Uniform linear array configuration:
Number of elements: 12
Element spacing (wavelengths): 0.5
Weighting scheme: cosine
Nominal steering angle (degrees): -45
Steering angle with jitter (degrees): -44.893
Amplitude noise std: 0.05
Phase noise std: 0.05

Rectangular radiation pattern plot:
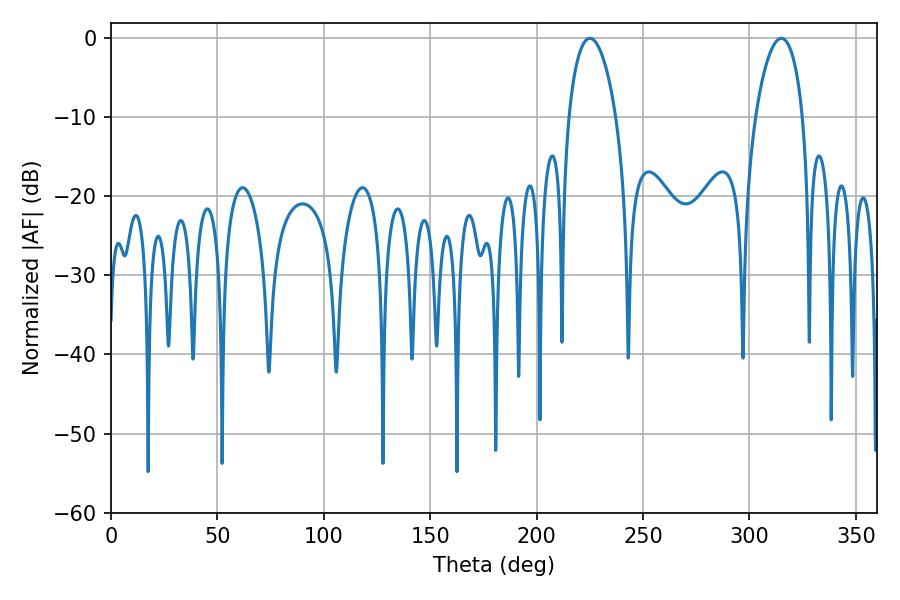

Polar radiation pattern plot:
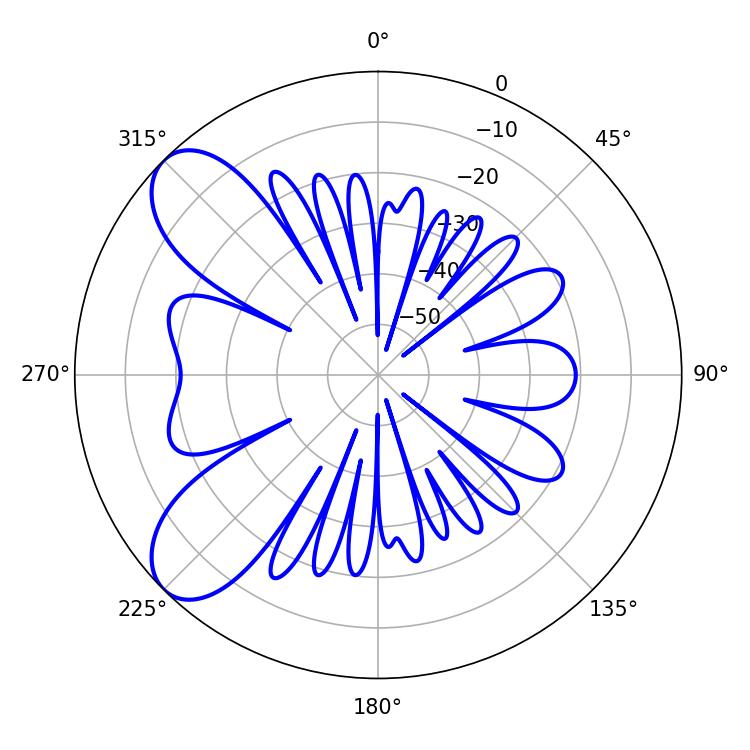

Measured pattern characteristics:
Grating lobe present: FALSE
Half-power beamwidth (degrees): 12.6
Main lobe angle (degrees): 225